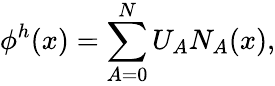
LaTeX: \phi^{h}(x)=\sum_{A=0}^{N}U_{A}N_{A}(x),